Vital statistics of India. Vol. IV, Annual returns from 1871 to 1876. British Army of India, Native Army and jails of Bengal
Year: 1871
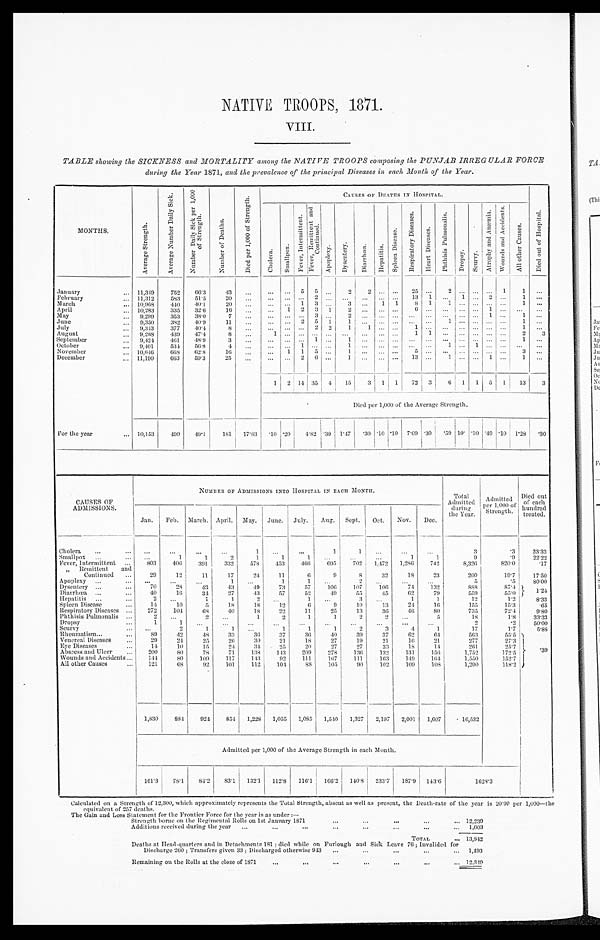
NATIVE TROOPS, 1871.
VIII.
TABLE showing the SICKNESS and MORTALITY among the NATIVE TROOPS composing the PUNJAB IRREGULAR FORCE
during the Year 1871, and the prevalence of the principal Diseases in each Month of the Year.
MONTHS.
A v e r a g e S t r e n g t h .
A v e r a g e N u m b e r D a i l y S i c k . N u m b e r D a i l y S i c k p e r 1 , 0 0 0 o f S t r e n g t h .
N u m b e r o f D e a t h s .
D i e d p e r 1 , 0 0 0 o f S t r e n g t h .
CAUSES OF DEATHS IN HOSPITAL.
D i e d o u t o f H o s p i t a l .
C h o l e r a .
S m a l l p o x .
F e v e r , I n t e r m i t t e n t .
F e v e r , R e m i t t e n t a n d C o n t i n u e d .
A p o p l e x y .
D y s e n t e r y .
D i a r r h œ a . H e p a t i t i s .
S p l e e n D i s e a s e .
R e s p i r a t o r y D i s e a s e s .
H e a r t D i s e a s e s .
P h t h i s i s P u l m o n a l i s .
D r o p s y .
Sc u r v y .
A t r o p h y a n d A n æ m i a . W o u n d s a n d A c c i d e n t s .
A l l o t h e r C a u s e s .
January
11,349 752
66.3
43 ...
...
. . . 5
5 . . .
2
2
. . . . . .
2 5
...
2
. . .
...
. . .
1
1
...
February
11,312
583
51.5
20 ...
... ...
. . . 2 ... ... ...
. . . . . . 13 1
. . . 1 ... 2 ...
1 ...
March
10,968 440
4 0 . 1
20
. . . ...
. . . 1 3
. . . 3 ... 1 1
8 1
1
. . .
...
. . .
...
1 ...
April
10,283
335
32.6
16 ...
... 1 2 3 1
2 ...
. . . . . .
6 ... ...
. . . ...
1 ...
. . . ...
May
9,299 353
38.0
7
. . . ... ...
. . . 3 . . . 2 ...
. . . . . . ... ... ...
. . .
...
1 ...
1 ...
June
9,350 382
40.9
11 ...
...
. . . 2 5 1
1 ...
. . . . . . ... ...
1
. . .
... ... ...
1 ...
July
9,343
377
40.4
8
. . . ... ...
. . . 2 2
1 1
. . . . . .
... ... ...
... ...
. . . ...
1
. . .
August
9,268
439
47.4
8
. . . 1
. . . . . . . . . . . .
. . . ...
. . . . . .
1
1 ...
. . .
...
. . .
...
2
3
September
9,424
461
4 8 . 9
3
. . . ... ... ... 1 ...
1
. . .
. . . ... ... ... ... ... ... ... ...
1 ...
Oct ober 9,401
534 56.8
4
. . . ...
. . . 1 . . . . . .
1 ...
. . . . . .
... ...
1
. . .
1
. . .
...
. . .
...
November
10,646
6 6 8
6 2 . 8
1 6
. . .
...
1 1 5 ...
1 ... ... ... 5
...
...
. . . ... ... ...
3 ...
December
11,190
6 6 3 59.3
25 ...
...
. . . 2 6
. . .
1 ... ... ... 13 ...
1
. . .
... 1 ...
1
. . .
1 2 14 35 4 15
3
1 1 72 3
6
1 1
5 1 13
3
Died per 1,000 of the Average Strength.
For the year
10,153
4 9 9 49.1
181 17.83
. 1 0 .20
4.82 .39 1.47
. 30 .10 .10 7.09 .30
. 5 9 1 0 .
.10 .49 .10 1.28
. 3 0
CAUSES OF
ADMISSIONS.
NUMBER OF ADMISSIONS INTO HOSPITAL IN EACH MONTH.
Total
Admitted during
the Year. Admi t t e d pe r 1, 000 of St r e ngt h.
Died out
of each
hundred
treated.
Jan. Feb. March. April. May. June. July. Aug. Sept. Oct. Nov. Dec.
Cholera
. . .
...
...
...
1
. . .
...
1
1
. . .
...
...
3
.3
33. 33
Smallpox
...
1
1
2
1
1
1
. . . ...
...
1
1
9
.9
22. 22
Fever, Intermittent
803
406
391
332
578
453
466
695
702 1,472 1,286 742
8,326
820.0
.17
" Remittent and
Continued
29
12
11
17
24
11
6
9
8
32
1 8
23
200
19.7
17. 50
Apoplexy
...
. . .
...
1
. . .
1
1
. . .
2 ...
...
...
5
.5
80. 00
Dysentery
70
28
43
43
49
73
57
106
107
1 0 6
74
132
888
8 7 . 4
1 . 2 4
Diarrhœa
40
16
34
27
43
57
52
49
55
45
62
79
559
55.0
Hepatitis
2
. . .
1
1
2
. . .
1
. . .
3 ...
1
1
12
1.2
8. 33
Spleen Disease
14
10
5
18
18
12
6
9
10
13
24
16
155
15.3
.65
Respiratory Diseases
272
104
68
40
18
22
11
25
13
36
46
80
735
72.4
9. 80
Phthisis Pulmonalis
2
. . .
2
. . .
1
2
1
1
2
2
. . .
5
18
1.8
33. 33
Dropsy
1
1
. . .
. . .
. . . . . .
. . .
...
. . . ...
. . .
. . .
2
.2
50. 00
Scurvy
. . .
2
1
1 ...
1
1
1
2
3
4
1
17
1.7
5. 88
R h e u m a t i s m
89
42
48
33
36
37
36
40
39
37
62
64
563
55.5 . 3 9
Venereal Diseases
29
24
25
26
30
21
18
27
19
21
16
21
277
27.3
Eye Diseases
14
10
15
24
34
25
20
27
27
33
18
14
261
25.7
Abscess and Ulcer
200
80
78
71
138
143
209
278
136
132
131
156
1,752
172.5
Wounds and Accidents
144
80
109
117
143
92
111
167
111
163
149
164
1,550
152.7
All other Causes
121
68
92
101
112
104
8 8 105
90
102
109
108
1,200
118.2
1,830
8 8 4 924 854 1,228 1,055 1,085 1,540 1,327 2,197 2,001 1,607
16,532
Admitted per 1,000 of the Average Strength in each Month.
161.3 78.1
84.2 83.1 132.1 112.8 116.1 166.2 140.8 233.7 187.9 143.6
1628.3
Calculated on a Strength of 12,300, which approximately represents the Total Strength, absent as well as present, the Death-rate of the year is 20.90 per 1,000—the
equivalent of 257 deaths.
The Gain and Loss Statement for the Frontier Force for the Year is as under:—
Strength borne on the Regimental Rolls on 1st January 1871
12,239
A d d i t i o n s r e c e i v e d d u r i n g , t h e y e a r
1,603
TOTAL
13,842
Deaths at Head-quarters and in Detachments 181; died while on Furlough and Sick Leave 76 ; Invalided for
Discharge 260; Transfers given 33; Discharged otherwise 943 1,493
R e m a i n i n g o n t h e R o l l s a t t h e c l o s e o f 1 8 7 1
12,349